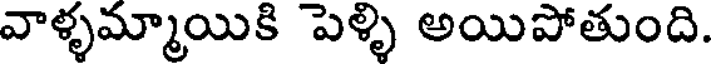
వాళ్ళమ్మాయికి పెళ్ళి అయిపోతుంది.